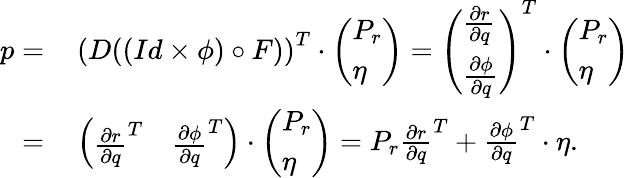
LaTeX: \begin{array}{rl}{p=}&{\, \left(D((Id\times\phi)\circ F)\right)^{T}\cdot\left(\begin{array}{l}{P_{r}}\\ {\eta}\end{array}\right)=\left(\begin{array}{l}{\frac{\partial r}{\partial q}}\\ {\frac{\partial\phi}{\partial q}}\end{array}\right)^{T}\cdot\left(\begin{array}{l}{P_{r}}\\ {\eta}\end{array}\right)}\\ {=}&{\, \left(\begin{array}{ll}{\frac{\partial r}{\partial q}^{T}}&{\frac{\partial\phi}{\partial q}^{T}}\end{array}\right)\cdot\left(\begin{array}{l}{P_{r}}\\ {\eta}\end{array}\right)=P_{r}\frac{\partial r}{\partial q}^{T}+\frac{\partial\phi}{\partial q}^{T}\cdot\eta.}\end{array}